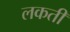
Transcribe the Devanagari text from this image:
लकती